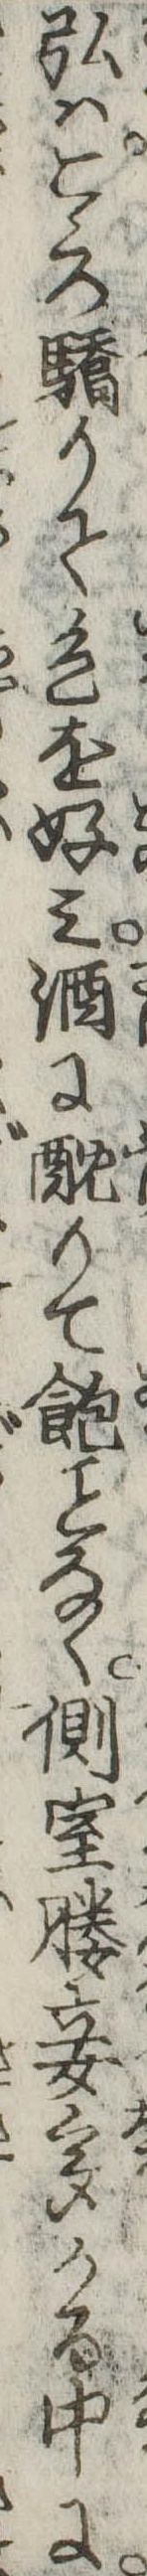
弘はこゝろ驕りて色を好み酒に酖りて飽なく側室媵妾多かる中に